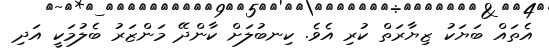
އެތައް ބަޔަކު ޒިޔާރަތް ކުރި އެވެ. ކިނބުލަށް ކާންދޭ މަންޒަރު ބެލުމަކީ އަދި